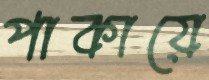
পাকায়ে